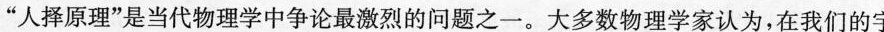
”人择原理”是当代物理学中争论最激烈的问题之-一。大多数物理学家认为，在我们的字